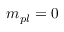
m _ { p l } = 0